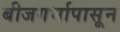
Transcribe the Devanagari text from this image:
बीजगर्भापासून